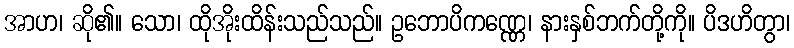
အာဟ၊ ဆို၏။ သော၊ ထိုအိုးထိန်းသည်သည်။ ဥဘောပိကဏ္ဏေ၊ နားနှစ်ဘက်တို့ကို။ ပိဒဟိတွာ၊